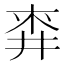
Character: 𪜅